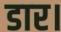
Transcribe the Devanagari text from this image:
डार।